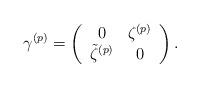
LaTeX: \begin{align*}\gamma^{(p)} = \left(\begin{array}{cc}0 &\zeta^{(p)} \\\tilde{\zeta}^{(p)} & 0\end{array}\right).\end{align*}